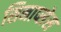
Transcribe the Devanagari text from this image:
सिनाप्सेस